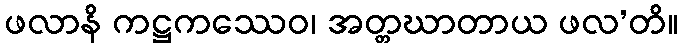
ဖလာနိ ကဋ္ဌကဿေဝ၊ အတ္တဃာတာယ ဖလ’တိ။